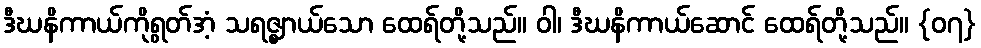
ဒီဃနိကာယ်ကိုရွတ်အံ့ သရဇ္ဈာယ်သော ထေရ်တို့သည်။ ဝါ၊ ဒီဃနိကာယ်ဆောင် ထေရ်တို့သည်။ {၀၇}